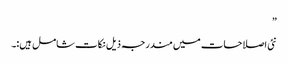
”
نئی اصلاحات میں مندرجہ ذیل نکات شامل ہیں:۔